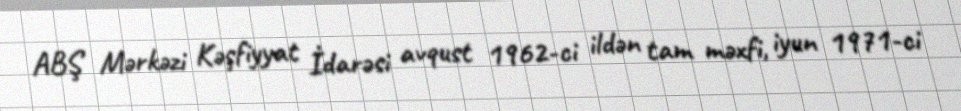
ABŞ Mərkəzi Kəşfiyyat İdarəsi avqust 1962-ci ildən tam məxfi, iyun 1971-ci